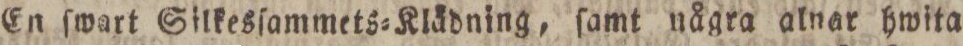
En ſwart Silkesſammets=Klädning, ſamt några alnar hwita